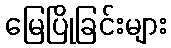
မြေပြိုခြင်းများ